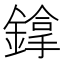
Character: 鎿